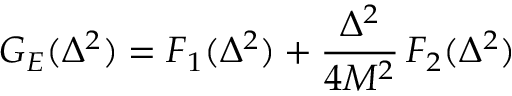
G _ { E } ( \Delta ^ { 2 } ) = F _ { 1 } ( \Delta ^ { 2 } ) + \frac { \Delta ^ { 2 } } { 4 M ^ { 2 } } \, F _ { 2 } ( \Delta ^ { 2 } )